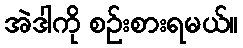
အဲဒါကို စဉ်းစားရမယ်။